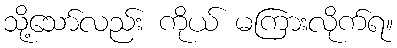
သို့သော်လည်း ကိုယ် မကြားလိုက်ရ။